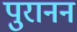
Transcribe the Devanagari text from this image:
पुरानन